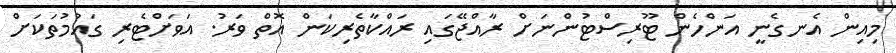
މިއިން އެނގެނީ އަންހެން ޓޫރިސްޓުންނަށް ރާއްޖޭގައި ރައްކާތެރިކަން އޮތް ވަރު. އަވަށްޓެރި ގައުމުތަކަށް